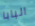
البابا